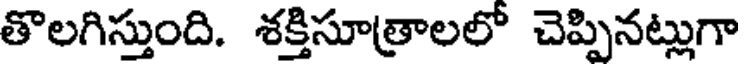
తొలగిస్తుంది. శక్తిసూత్రాలలో చెప్పినట్లుగా